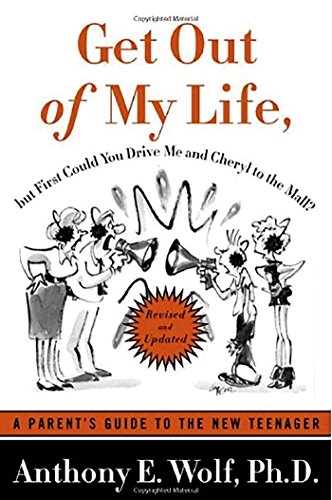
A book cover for Get Out of My Life, but First Could You Drive Me & Cheryl to the Mall: A Parent's Guide to the New Teenager, Revised and Updated; Anthony E. Wolf; Parenting & Relationships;